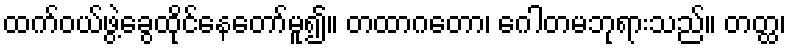
ထက်ဝယ်ဖွဲ့ခွေထိုင်နေတော်မူ၍။ တထာဂတော၊ ဂေါတမဘုရားသည်။ တတ္ထ၊